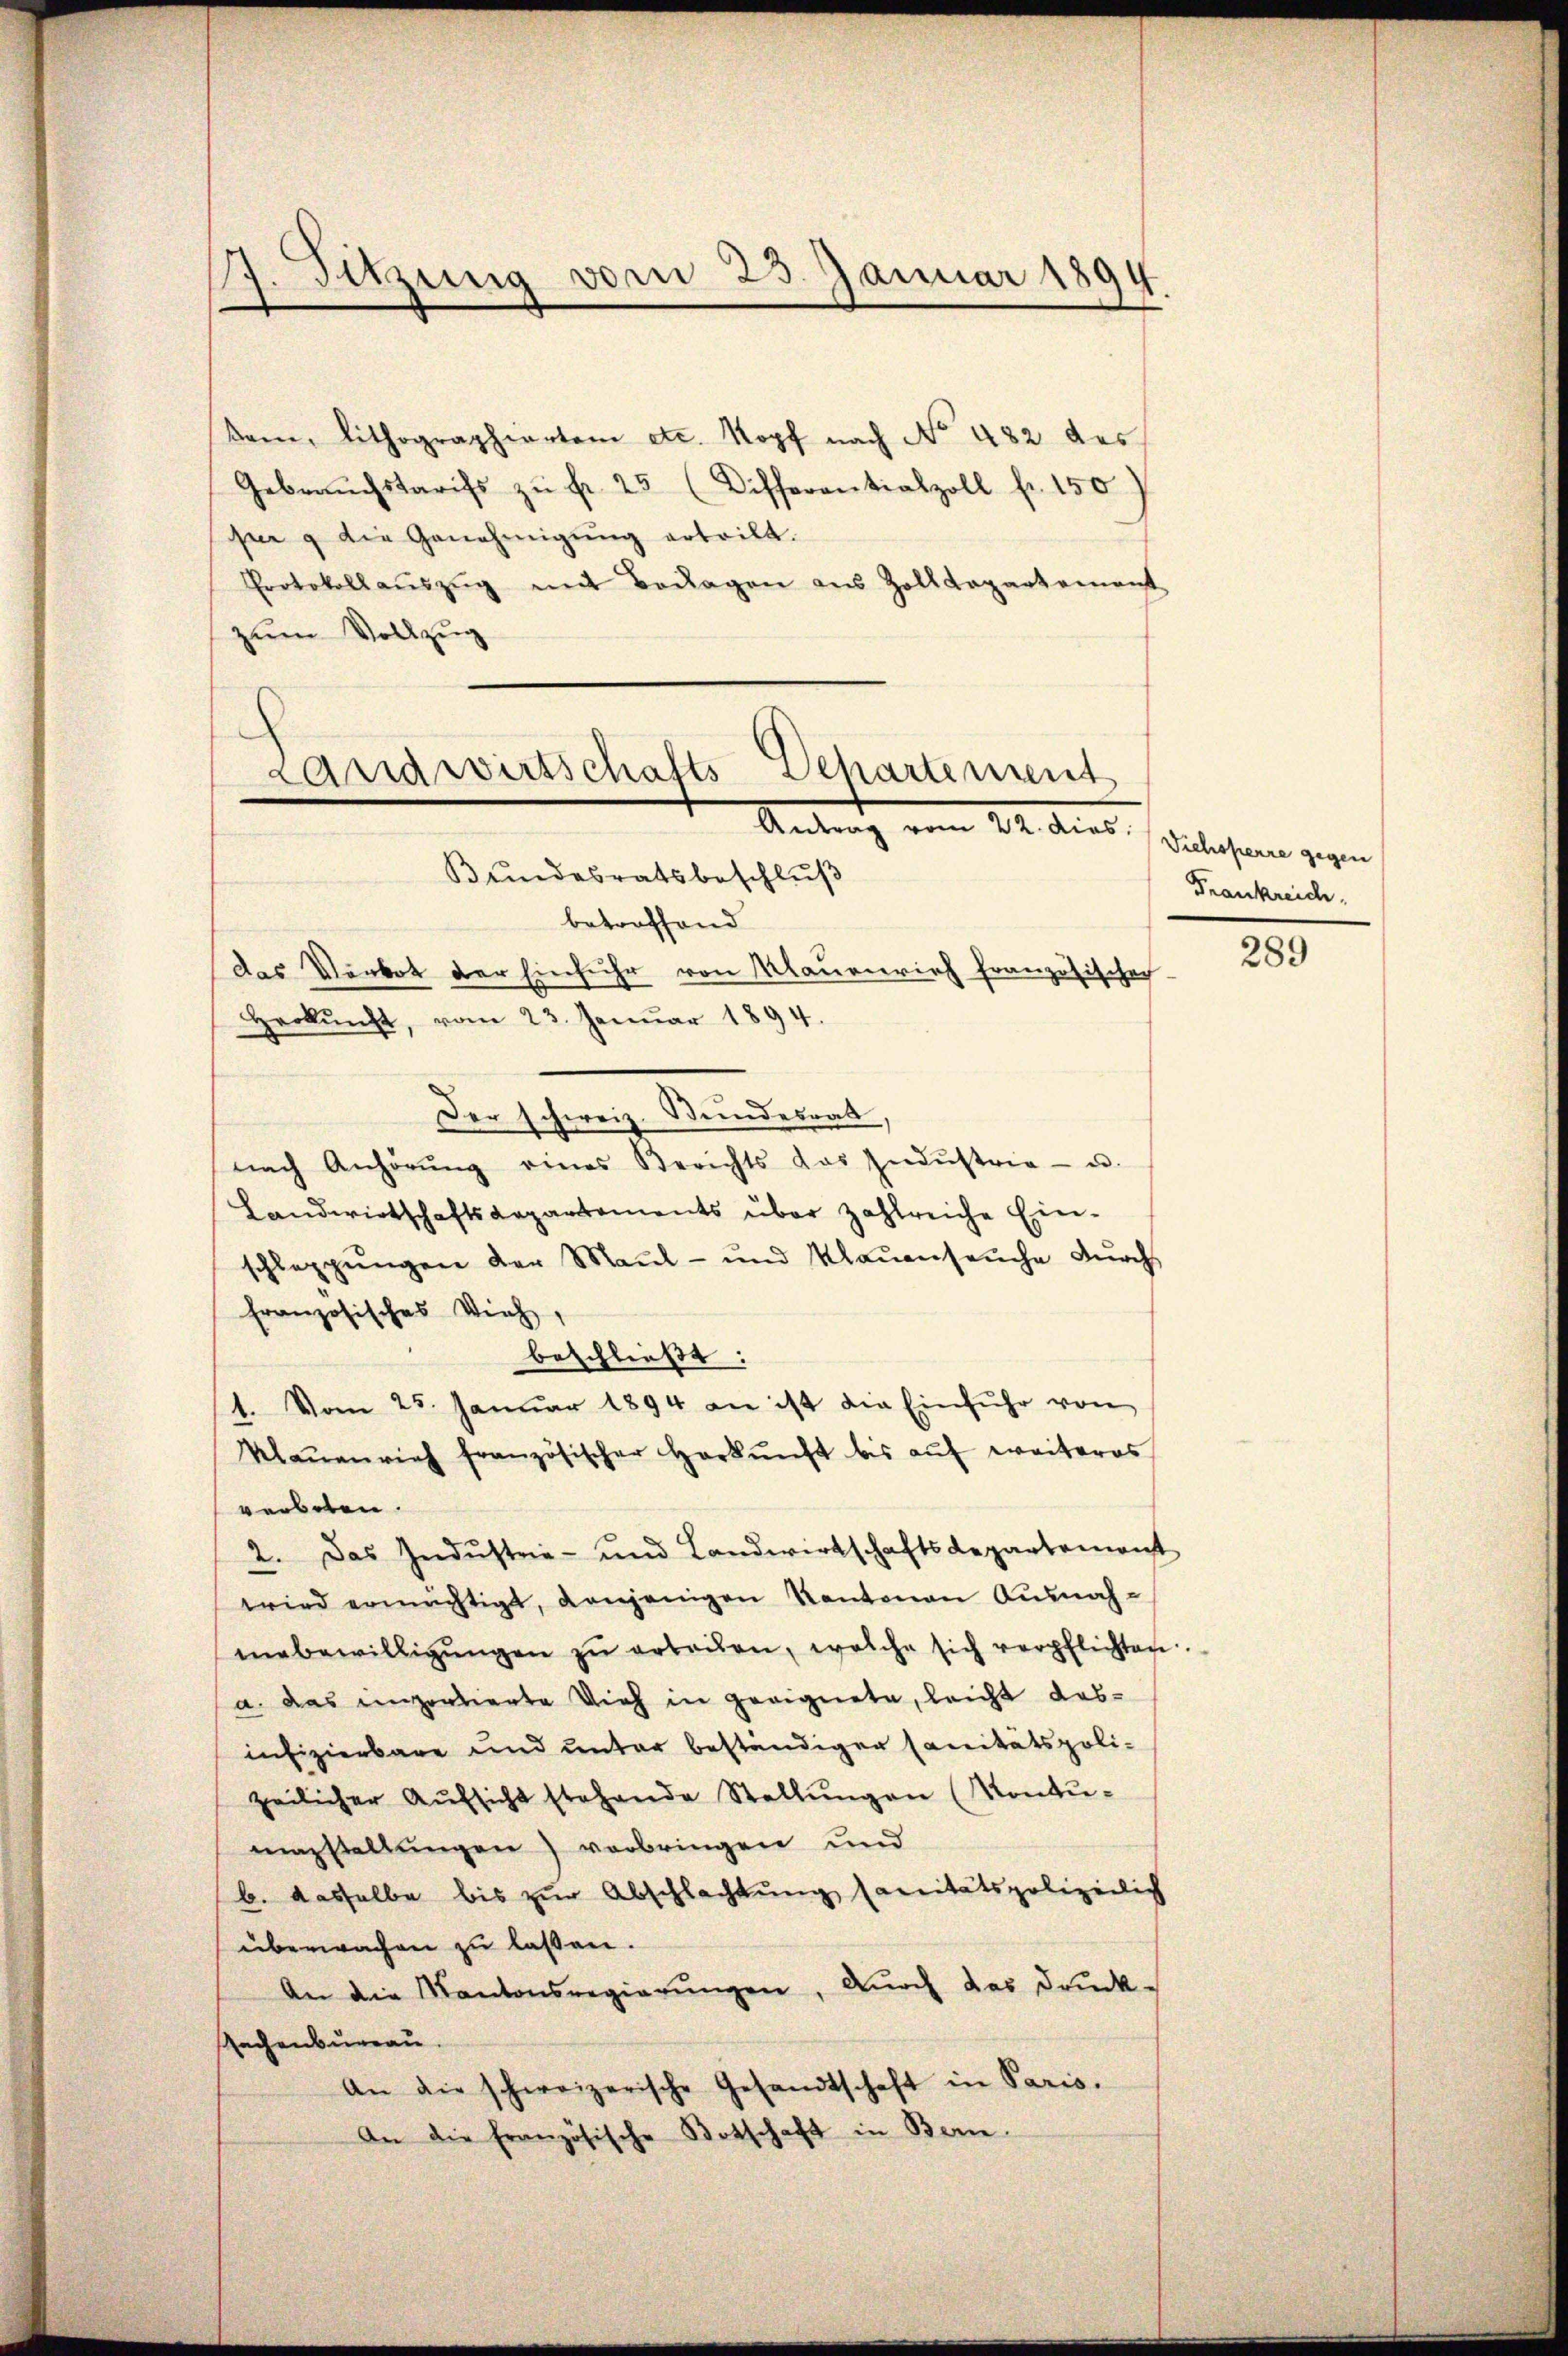
17. Sitzung vom 23. Januar 1894.

fr g die Genehmigŭng erteilt.
zum Vollzug

Landwirtschafts
Antrag vom 24. Al.
Bundesratsbeschlŭβ

Der schweiz. Bundesrat,

kam, lithographierten etc. Kopf nach No. 482 des
Gebrauchstarifs zŭ fr. 25 (Differentialzoll fr. 150)
Protokollaŭszŭg mit Beragen aus Zolldepartement

Departement

betreffend
das Verbot der Einfuhr von Klauenrich französischech
Herkŭnft, vom 23. Janŭar 1894.
nach Anhörŭng eines Berichts das Indŭstria- u.
Landwirtschaftsdepartements über zahlreiche Ein-
schleppŭngen der Maul- und Klaŭenseuche dŭrch
französisches Vieh,
beschließt:
1. Vom 25. Januar 1894 an ist die Einfuhr von
Klaŭenrich französischer Herkunft bis auf weiteres
werbeten.
2. Das Indŭstrie- und Landwirtschaftsdepartement
wird ermächtigt, denjenigen Kantonen Ausnahmebewilligŭngen zŭ erbaŭen, welche sich verpflichten.
a. das unzertierte Vieh in geeignete, leicht das-
infizierbare und unter beständigen sanitätspoli-
zeilicher Aŭfsicht stehende Stellŭngen (Kontumagstaltungen) vorbringen und
b. dasselbe bis zur Abschlachtung sanitätspolizeilich
überwachen zu lassen.
An die Kantonsregierŭngen, durch das Druck-
Rachenbureau.
An die schweizerische Gesandtschaft in Paris.
An die französische Botschaft in Bern.

Viehsperre gegen
Frankreic

289